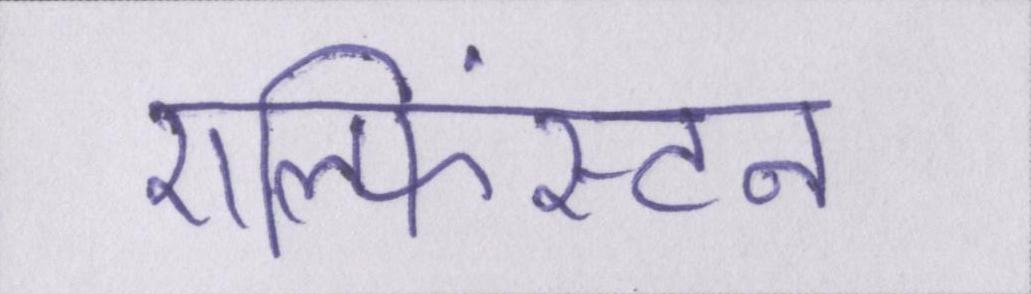
एल्फिंस्टन